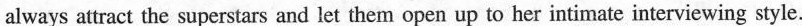
always attract the superstars and let them open up to her inti mate interviewing style.